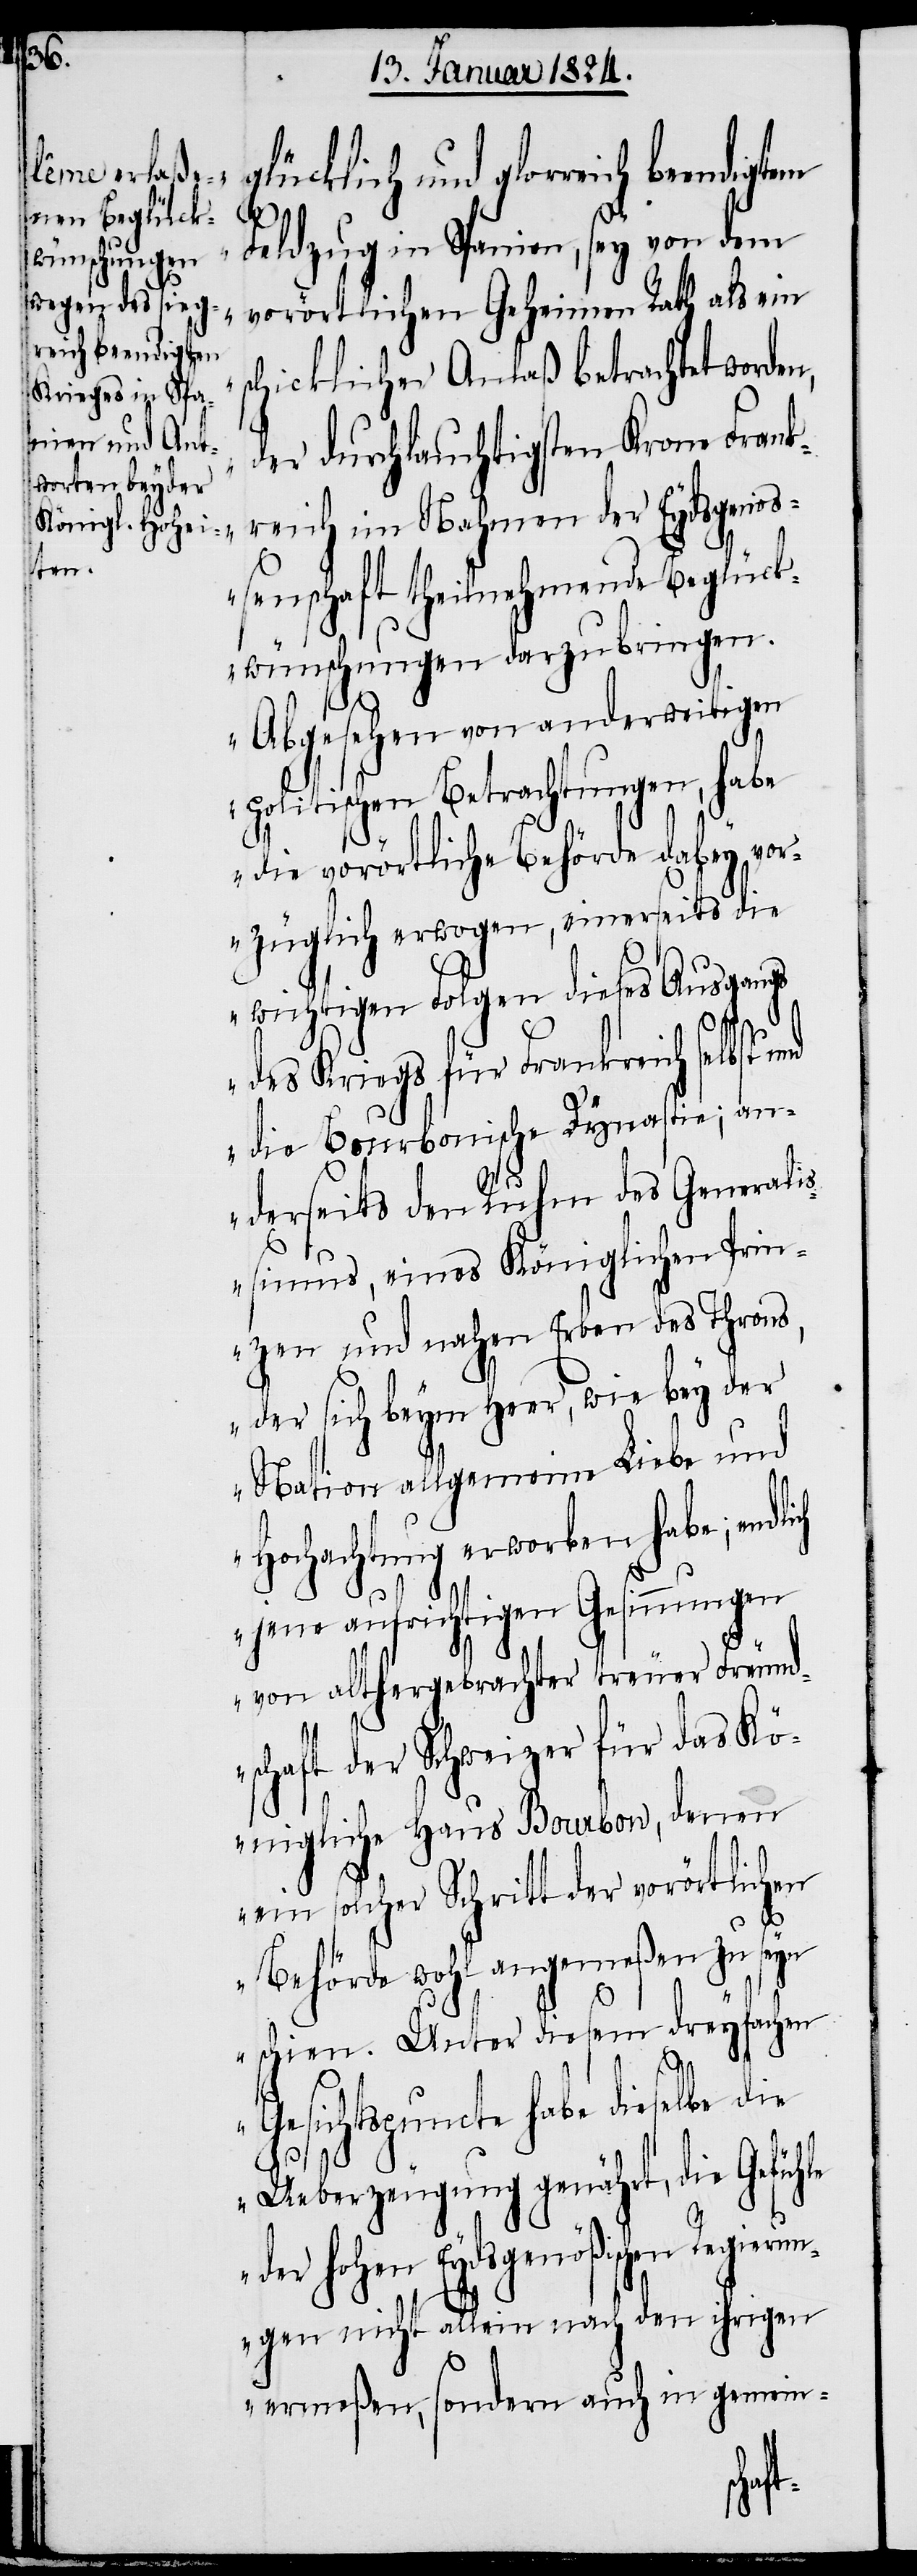
glücklich und glorreich been¬
ich
Feldzug in Spanien, sey von dem
vorörtlichen Geheimen Rath als ein
schicklicher Anlaß betrachtet worde¬
der durchlauchigsten Krone Frank¬
reich im Nahmen der Eydsgenoß¬
enschaft theilnehmende Beglück¬
wünschungen darzubringen.
Abgesehen von anderweitigen
politischen Betrachtungen, habe
die vorörtliche Behörde dabey vor¬
züglich erwogen, einerseits die
wichtigen Folgen dieses Ausgangs
des Kriegs für Frankreich selbst
die Bourbonische Dynastie; an¬
derseits den Ruhm des Generalis¬
simus, eines Königlichen Prin¬
zen und nahen Erben des Throns,
der sich beym Heer, wie bey der
Nation allgemeine Liebe und
Hochachtung erworben habe; endl¬
jene aufrichtigen Gesinnungen
von althergebrachter treuer Freund¬
schaft der Schweizer für das Kö¬
nigliche Haus Bourbon, denen
ein solcher Schritt der vorörtlichen
Behörde wohl angemeßen zu seyn
schien. Unter diesem dreyfachen
Gesichtspuncte habe dieselbe die
Ueberzeugung genährt, die Gefühle
der hohen Eydsgenößischen Regie¬
rungen nicht allein nach den ihrigen
ermeßen, sondern auch in gemein-